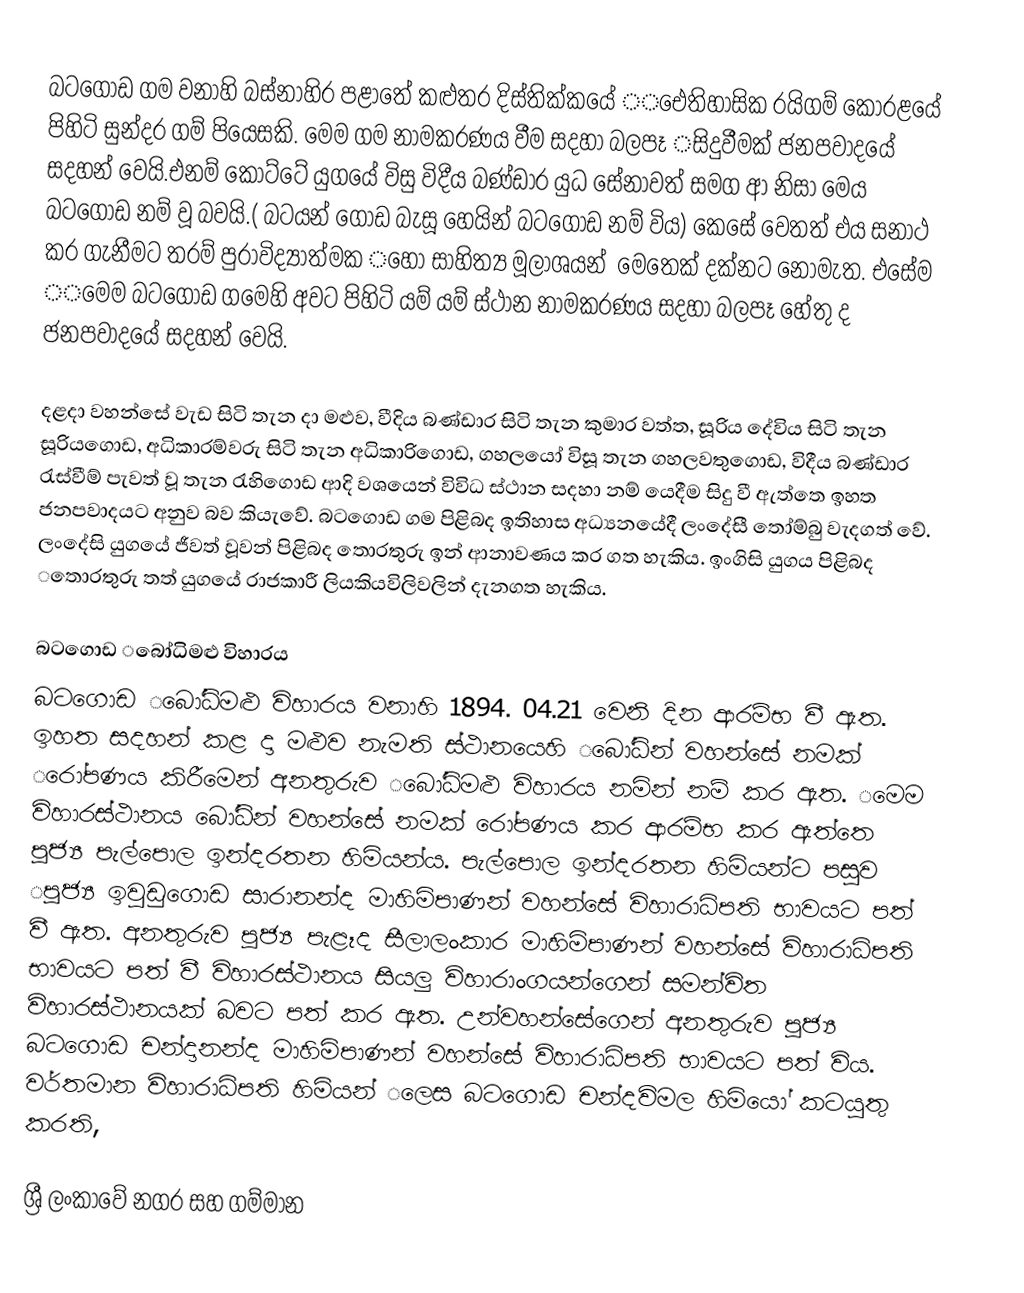
බටගොඩ ගම වනාහි බස්නාහිර පළාතේ ‌කළුතර දිස්තික්කයේ ‌‌‌ඓතිහාසික රයිගම් ‌කෝරළයේ පිහිටි සුන්දර ගම් පියෙසකි. ‌මෙම ගම නාමකරණය වීම සදහා බලපෑ ‌‌සිදුවීමක් ජනපවාදයේ සදහන් ‌වෙයි.එනම් ‌කෝට්ටේ යුගයේ විසු විදීය බණ්ඩාර යුධ ‌සේනාවත් සමග ‌ආ නිසා ‌මෙය බටගොඩ නම් වූ  බවයි.( බටයන් ‌ගොඩ බැසූ ‌හෙයින් බටග‌ෙ‌ාඩ නම් විය) ‌කෙසේ ‌වෙතත් එය සනාථ කර ගැනීමට තරම් පුරාවිද්‍යාත්මක ‌‌හෝ සාහිත්‍ය මූලාශයන් ‌ ‌මෙතෙක් දක්නට ‌නොමැත. එසේම ‌‌මෙම බටගොඩ ග‌මෙහි අවට පිහිටි යම් යම් ස්ථාන නාමකරණය සදහා බලපෑ ‌හේතු ද ජනපවාදයේ සදහන් ‌වෙයි.

දළදා වහන්‌සේ වැඩ සිටි තැන දා මළුව, වීදිය බණ්ඩාර සිටි තැන කුමාර වත්ත, සූරිය ‌දේවිය සිටි තැන සූරියගොඩ, අධිකාරම්වරු සිටි තැන අධිකාරිගොඩ, ගහලයෝ විසූ තැන ගහලවතුගොඩ, විදීය බණ්ඩාර රැස්වීම් පැවත් වූ තැන රැහිගොඩ ආදි වශයෙන් විවිධ ස්ථාන සදහා නම් ‌යෙදීම සිදු වී ඇත්තෙ ඉහත ජනපවාදයට අනුව බව කියැවේ. බටගොඩ ගම පිළිබද ඉතිහාස අධ්‍යනයේදී ලං‌දේසී ‌තෝම්බු වැදගත් ‌වේ. ලං‌දේසි යුගයේ ජීවත් වූවන් පිළිබද ‌තොරතුරු ඉන් ආනාවණය කර ගත හැකිය. ඉංගිසි යුගය පිළිබද ‌තොරතුරු තත් යුගයේ රාජකාරී ලියකියවිලිවලින් දැනගත හැකිය.

බටගොඩ ‌‌බෝධිමළු විහාරය
බටගොඩ ‌‌බෝධිමළු විහාරය වනාහි 1894. 04.21 ‌වෙනි දින ආරම්භ වී ඇත. ඉහත සදහන් කළ දා මළුව නැමති ස්ථානයෙහි ‌‌බෝධින් වහන්සේ නමක් ‌රෝපණය කිරීමෙන් අනතුරුව ‌‌බෝධිමළු විහාරය නමින් නම් කර ඇත. ‌‌මෙම විහාරස්ථානය ‌බෝධින් වහන්සේ නමක් ‌රෝපණය කර ආරම්භ කර ඇත්‌තෙ පූජ්‍ය පැල්පොල ඉන්දරතන හිමියන්ය. පැල්පොල ඉන්දරතන හිමියන්ට පසුව  ‌පූජ්‍ය ඉවුඩුගොඩ සාරානන්ද  මාහිමිපාණන් වහන්සේ  විහාරාධිපති භාවයට පත් වී ඇත. අනතුරුව පූජ්‍ය පැළෑද සීලාලංකාර මාහිමිපාණන් වහන්සේ විහාරාධිපති භාවයට පත් වී විහාරස්ථානය සියලු විහාරාංගයන්ගෙන් සමන්විත විහාරස්ථානයක් බවට පත් කර ඇත. උන්වහන්සේගෙන් අනතුරුව පූජ්‍ය බටගොඩ චන්දානන්ද මාහිමිපාණන් වහන්සේ විහාරාධිපති භාවයට පත් විය. වර්තමාන විහාරාධිපති හිමියන් ‌‌ලෙස බටගොඩ චන්දවිමල හිමි‌යෝ කටයුතු කරති,

ශ්‍රී ලංකාවේ නගර සහ ගම්මාන